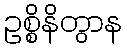
ဥစ္စိနိတွာန